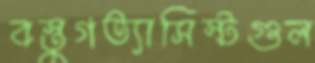
বস্তুগত্যাসিস্টগুল